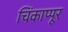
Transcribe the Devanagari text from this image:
चिंकाप्पूर